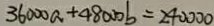
3 6 0 0 0 a + 4 8 0 0 0 b = 2 4 0 0 0 0